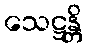
သေဋ္ဌန္တိ